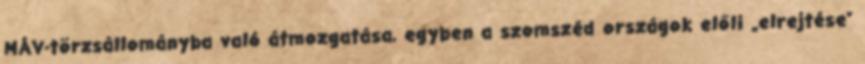
MÁV-törzsállományba való átmozgatása, egyben a szomszéd országok előli „elrejtése”